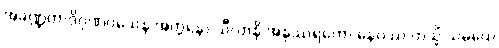
အခဏ္ဍတာဒိဂုဏဝသေန အတ္တနော သီလာနိ အနုဿရတော နေဝဿ တသ္မိံ သမယေ